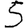
Digit: 5